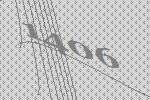
1406